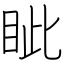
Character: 眦